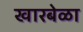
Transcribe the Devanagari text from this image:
खारबेळा